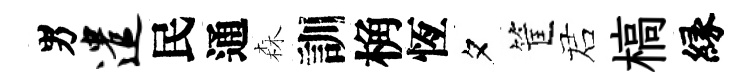
男遣民通森訓桷恆夕筐诺槁縁